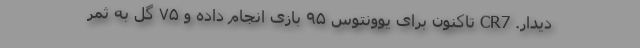
دیدار. CR7 تاکنون برای یوونتوس ۹۵ بازی انجام داده و ۷۵ گل به ثمر